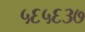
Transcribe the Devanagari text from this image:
५६५६३७